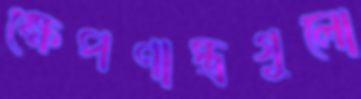
ক্ষেপণাস্ত্রগুলো